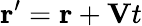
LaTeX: \mathbf{r}^{\prime}=\mathbf{r}+\mathbf{V}t